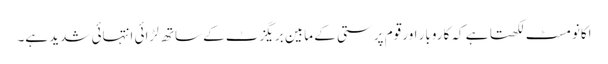
اکانومسٹ لکھتا ہے کہ کاروبار اور قوم پرستی کے مابین بریگزٹ کے ساتھ لڑائی انتہائی شدید ہے۔